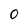
Character: 0